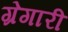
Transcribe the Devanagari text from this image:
ग्रेगारी